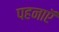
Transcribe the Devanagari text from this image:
पहनाऍं